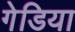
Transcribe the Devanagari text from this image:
गेडिया